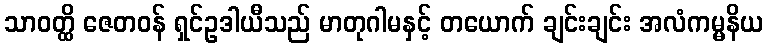
သာဝတ္ထိ ဇေတဝန် ရှင်ဥဒါယီသည် မာတုဂါမနှင့် တယောက် ချင်းချင်း အလံကမ္မနိယ